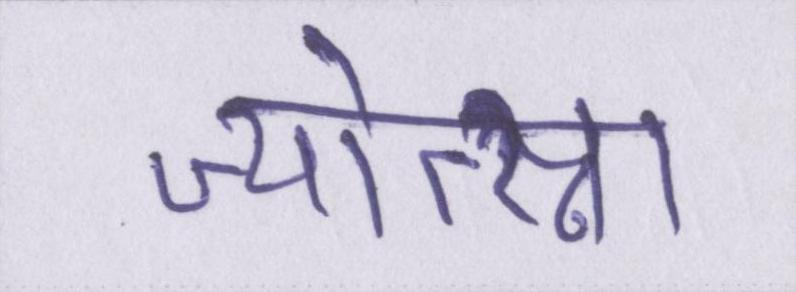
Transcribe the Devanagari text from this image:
ज्योत्स्ना